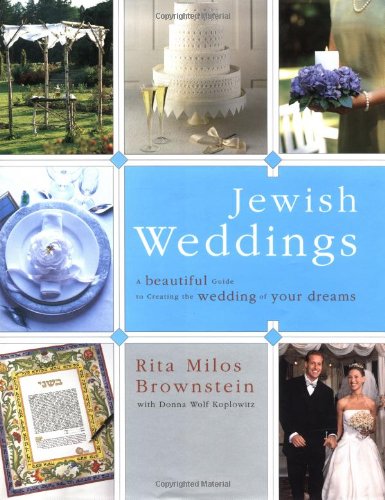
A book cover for Jewish Weddings: A Beautiful Guide to Creating the Wedding of Your Dreams; Rita Milos Brownstein; Crafts, Hobbies & Home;